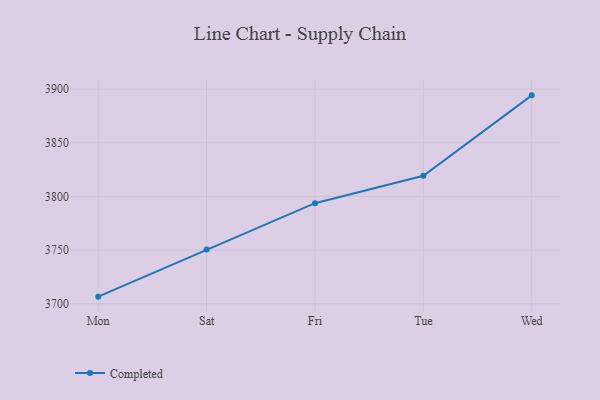
{"axis": {"x": "Day", "y": "Page Views"}, "legend": ["Completed"], "data": [{"x": "Mon", "y": 3706.6, "type": "Completed"}, {"x": "Sat", "y": 3750.5, "type": "Completed"}, {"x": "Fri", "y": 3793.7, "type": "Completed"}, {"x": "Tue", "y": 3819.2, "type": "Completed"}, {"x": "Wed", "y": 3894.2, "type": "Completed"}]}